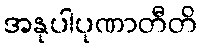
အနုပါပုဏာတီတိ